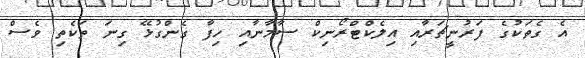
އެ ގެތަކުގެ ފަރުނީޗަރާއި އިލެކްޓްރޯނިކް ސާމާނާއި ހިފާ ގެންގުޅޭ ގިނަ ތަކެތި ވެސް